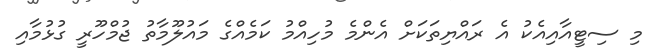
މި ސިޓީއާއިއެކު އެ ރައްޔިތަކަށް އެންމެ މުހިއްމު ކަމެއްގެ މައުލޫމާތު ޖުމްހޫރީ ގުޅުމާއި